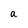
Character: a